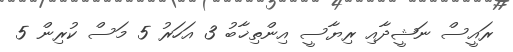
ރައީސް ނަޝީދާއި ރިޔާސީ އިންތިޚާބު 3 އަހަރު 5 މަސް ކުރިން 5